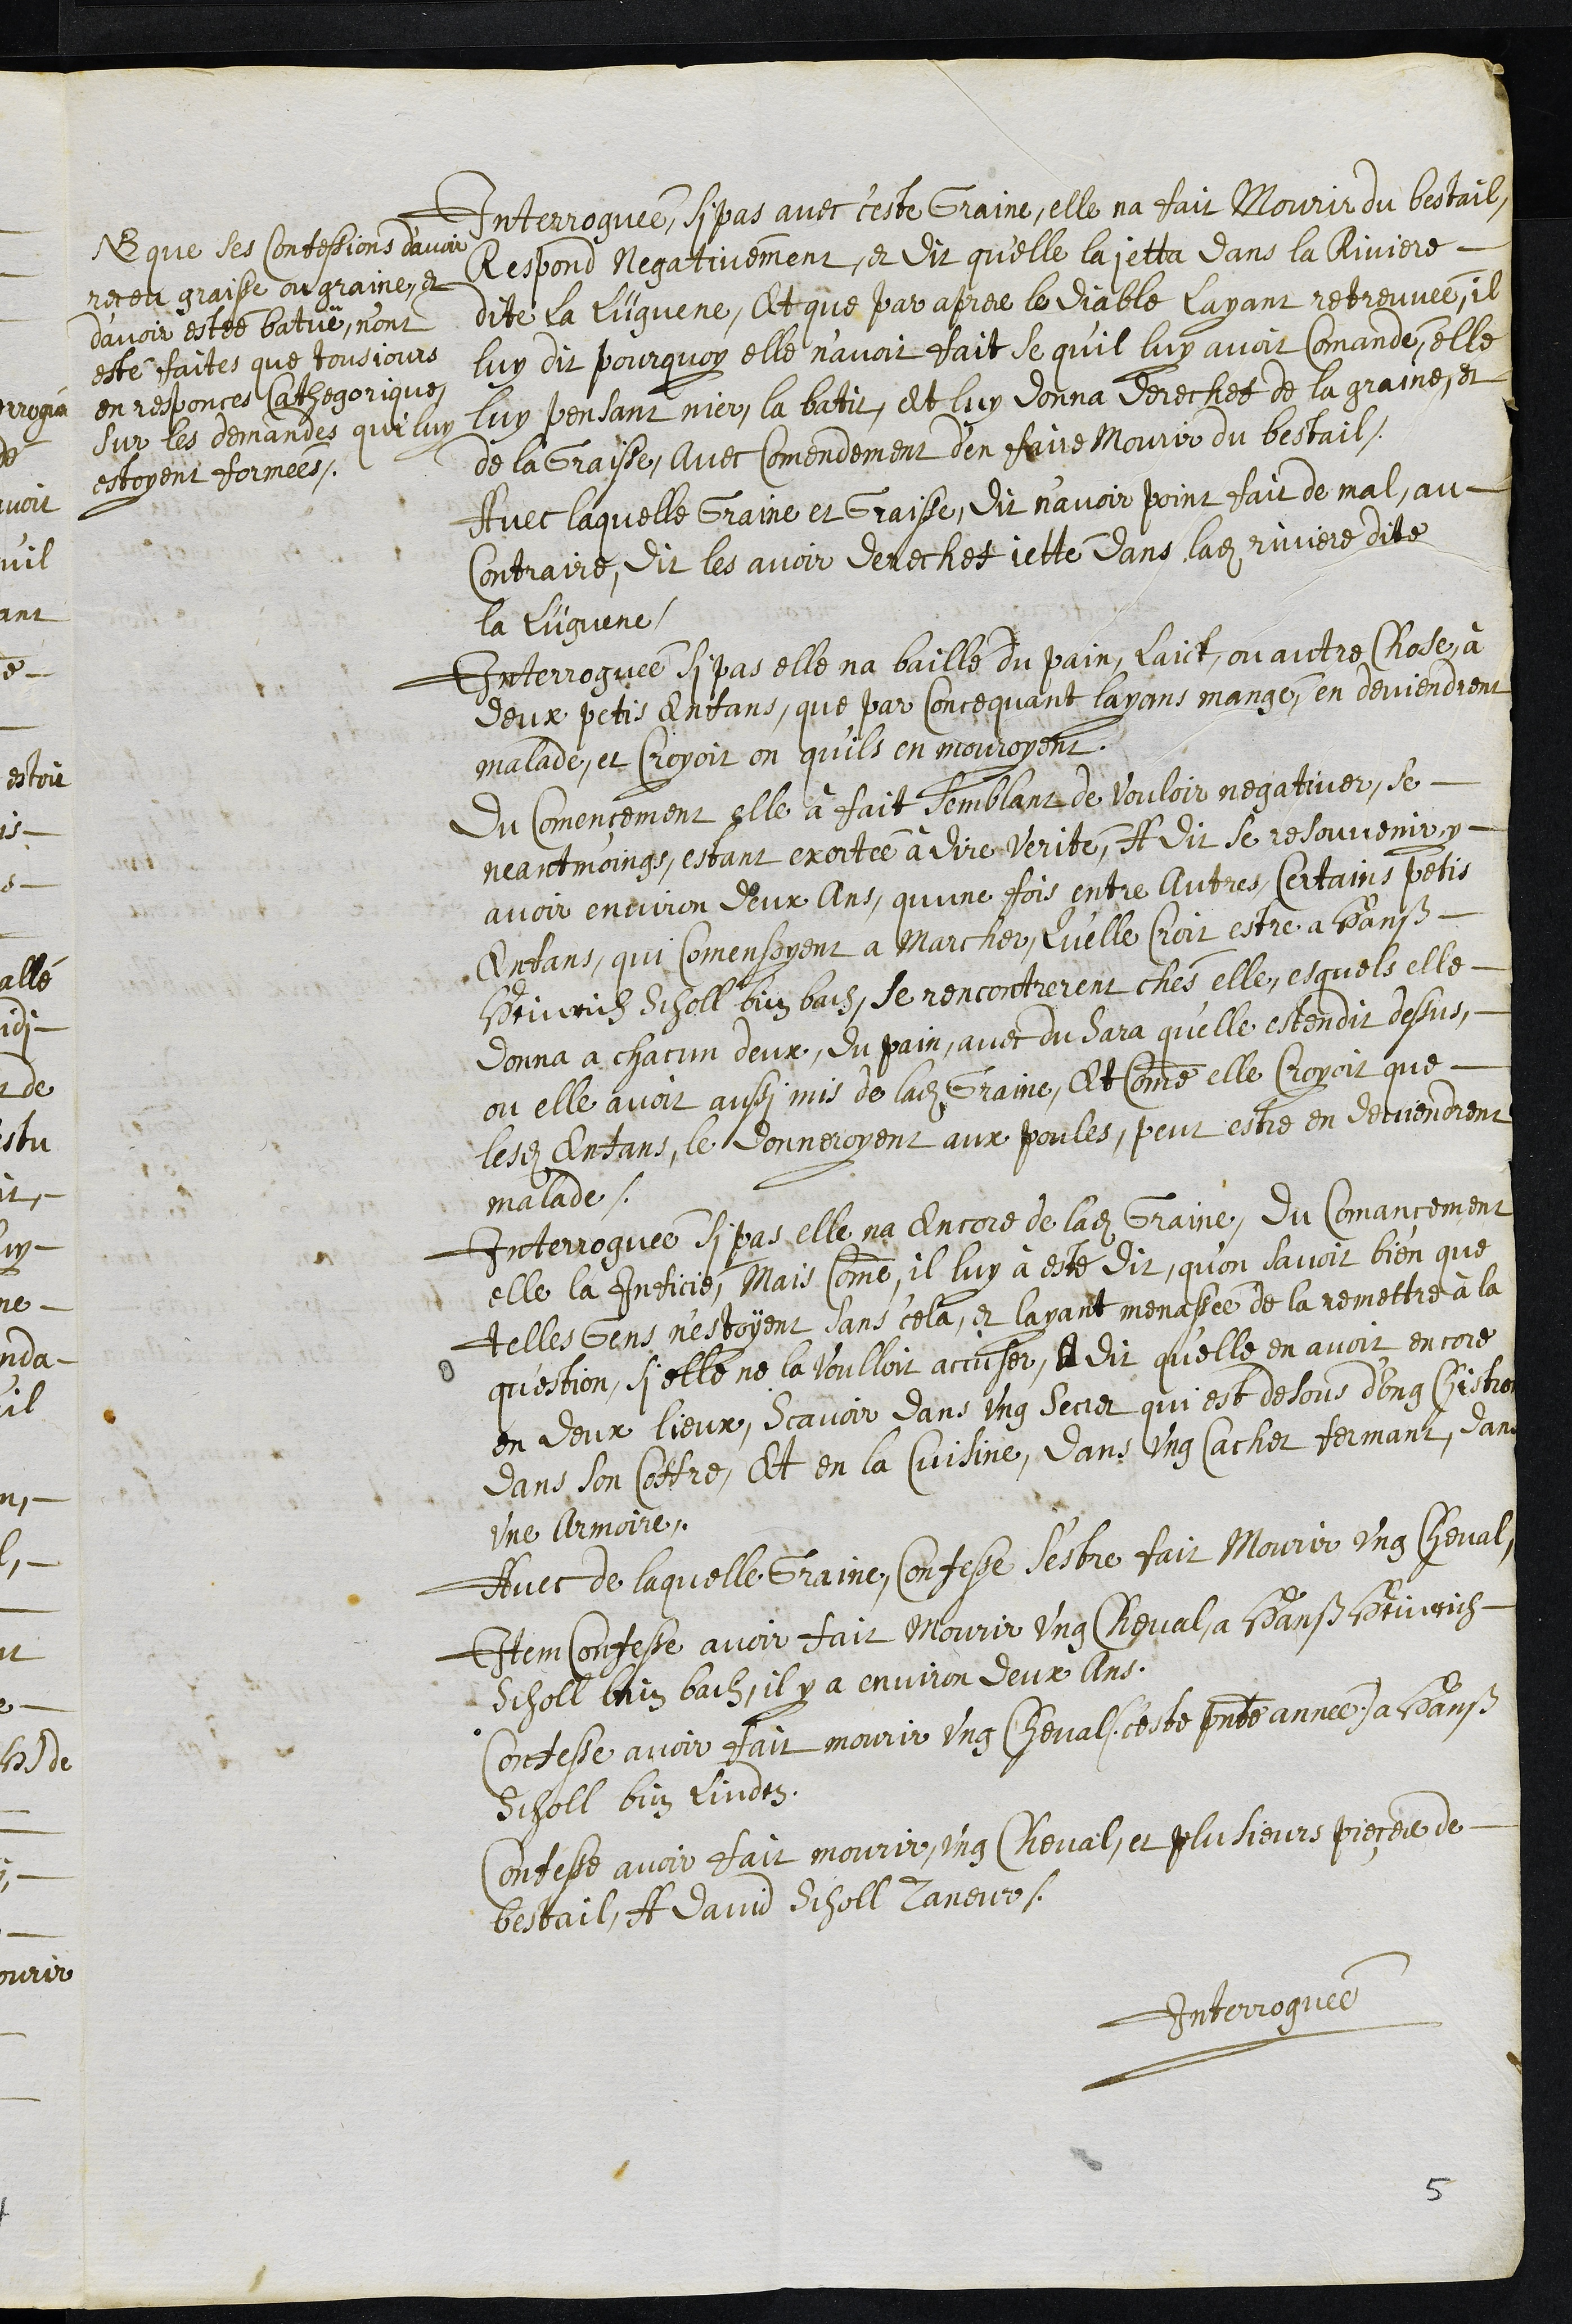
NB que ses confessions d'avoir
receu graisse ou graine, et
d’avoir estée batuë, n'ont
esté faites que tousjours
en responces Cathegorique
sur les demandes qui luy
estoyent formées.

Interroguée, si pas avec ceste Graine, elle na fait Mourir du bestail,
Respond Negativement, et dit qu’elle la jetta dans la Riviere
dite la Lügene, Et que par apres le Diable layant retreuvée, il
luy dit pourquoy elle navoit fait se qu’il luy avoit comandé, elle
luy pensant nier, la batit, et luy donna derechef de la graine, et
de la Graisse, avec comendement d'en faire Mourir du bestail,
Avec laquelle Graine et Graisse, dit n’avoir point fait de mal, au
contraire, dit les avoir derechef jetté dans ladite riviere dite
la Lügene.
Interroguée si pas elle na baillé du pain, laict, ou autre chose, à
deux petis Enfans, que par concequant layans mangé ,en deviendrent
malade, et croyoit on qu'ils en mouroyent.
Du Començement elle à fait semblant de vouloir negativer, se
neantmoings, estant exortée à dire verité, A dit se resouvenir y
avoir environ deux Ans, qu’une fois entre Autres certains petis
Enfans, qui comensoyent a marcher, Qu’elle croit estre a Hanß
Heinrich Scholl bim bach, se rencontrerent chés elle, esquels elle
donna a chacun deux, du pain, avec du Sara quelle estendit dessus,
ou elle avoit aussi mis de ladite Graine, Et comme elle croyoit que
lesdits enfans, le donneroyent aux poules, peut estre en deviendrent
malade.
Interroguée si pas elle na encore de ladite Graine, du Comançement
elle la Inficié, Mais comme, il luy à esté dit, quon savoit bien que
telles Gens n’estoyent sans cela, et layant menassée de la remettre à la
question, si elle ne la voulloit accuser, A dit qu'elle en avoit encore
en deux lieux, scavoir dans ung secret qui est desous d'ung Chistron
dans son Coffre, Et en la Cuisine, dans ung cachet fermant, dans
une Armoire.
Avec de laquelle Graine, Confesse s'estre fait Mourir ung cheval,
Item confesse avoir fait mourir ung cheval a Hanß Heinrich
Scholl bim bach, il y a environ deux ans,
Confesse avoir fait mourir ung cheval (ceste presente année) a Hanß
Schol bim Linden.
Confesse avoir fait mourir ung cheval, et plusieurs pieçes de
bestail, A David Scholl Taneur.
Interroguée
5